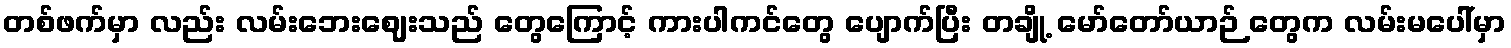
တစ်ဖက်မှာ လည်း လမ်းဘေးဈေးသည် တွေကြောင့် ကားပါကင်တွေ ပျောက်ပြီး တချို့ မော်တော်ယာဉ် တွေက လမ်းမပေါ်မှာ